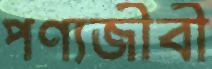
পণ্যজীবী